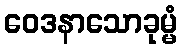
ဝေဒနာသောခုမ္မံ